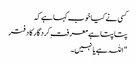
کسی نے کیا خوب کہا ہے کہ
پتا پتا ہے معرفتِ کردگار کا دفتر
"اللہ ہے یا نہیں۔